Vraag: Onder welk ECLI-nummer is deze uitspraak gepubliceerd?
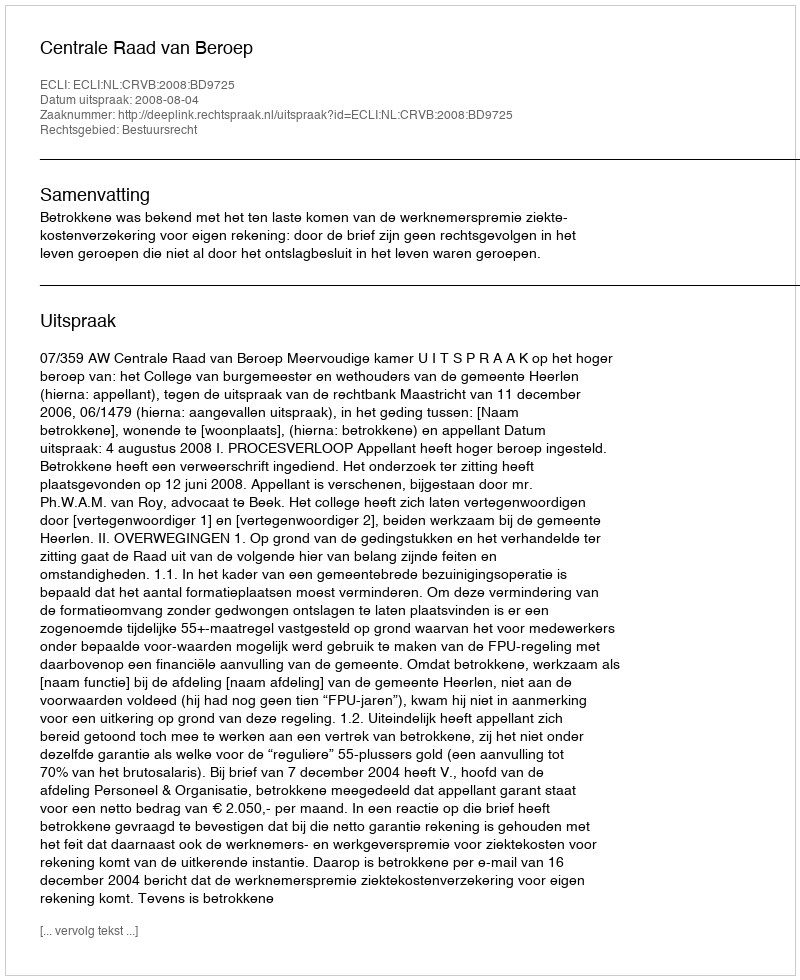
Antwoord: ECLI:NL:CRVB:2008:BD9725